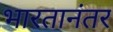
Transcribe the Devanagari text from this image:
भारतानंतर